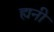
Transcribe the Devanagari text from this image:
ह्यनी